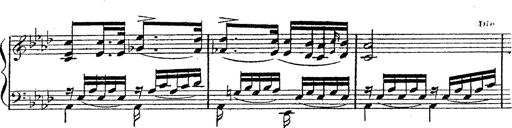
Title: 12 Lieder von Franz Schubert
Composer: Franz Liszt